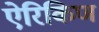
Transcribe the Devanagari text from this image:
ऐरिकिण